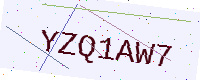
Text: YZQ1AW7